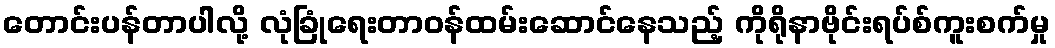
တောင်းပန်တာပါလို့ လုံခြုံရေးတာဝန်ထမ်းဆောင်နေသည့် ကိုရိုနာဗိုင်းရပ်စ်ကူးစက်မှု